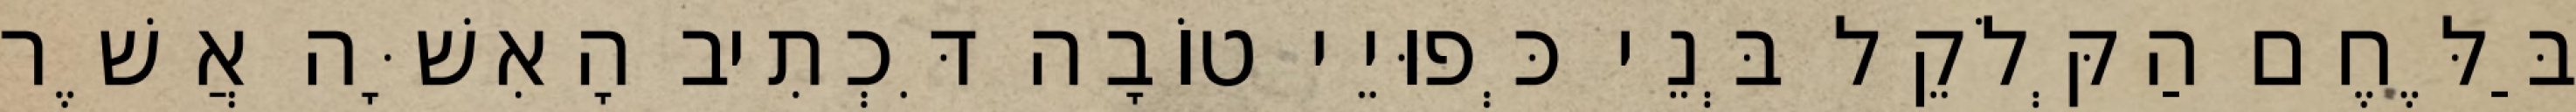
בַּלֶּחֶם הַקְּלֹקֵל בְּנֵי כְּפוּיֵי טוֹבָה דִּכְתִיב הָאִשָּׁה אֲשֶׁר